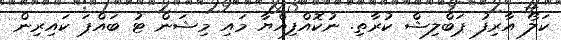
ކަލޯ އާރިފު ޕަބްލިޝް ކުރާތި. ނުކޮއްފިއްޔާ މައި މިޝަން ޓު ބައްޕަ ކައިރިން